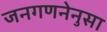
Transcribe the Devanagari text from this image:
जनगणनेनुसा